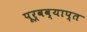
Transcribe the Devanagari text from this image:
पूर्वव्याप्त